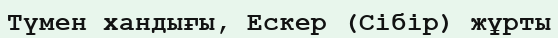
Түмен хандығы, Ескер (Сібір) жұрты